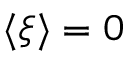
\langle \boldsymbol { \xi } \rangle = 0